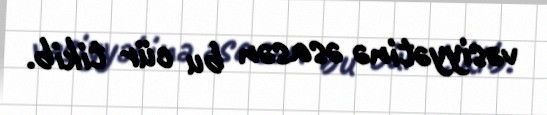
vəsiyyətinə əsasən bu cür tikib.